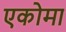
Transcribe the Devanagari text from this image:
एकोमा